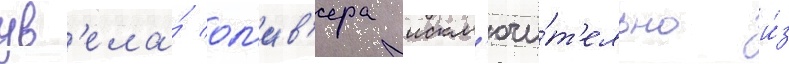
ув'ела́ ол'ив'ера искл'ючи́т'ельно и́з